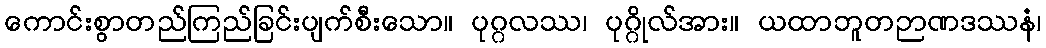
ကောင်းစွာတည်ကြည်ခြင်းပျက်စီးသော။ ပုဂ္ဂလဿ၊ ပုဂ္ဂိုလ်အား။ ယထာဘူတဉာဏဒဿနံ၊